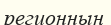
регионның